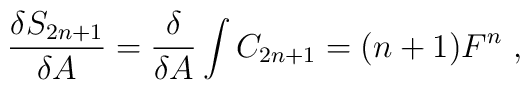
\frac{\delta S_{2n+1}}{\delta A}=\frac{\delta}{\delta A}\int C_{2n+1}=(n+1)F^n \ ,